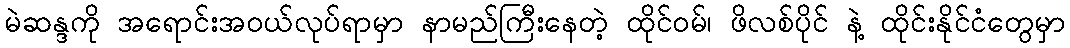
မဲဆန္ဒကို အရောင်းအဝယ်လုပ်ရာမှာ နာမည်ကြီးနေတဲ့ ထိုင်ဝမ်၊ ဖိလစ်ပိုင် နဲ့ ထိုင်းနိုင်ငံတွေမှာ